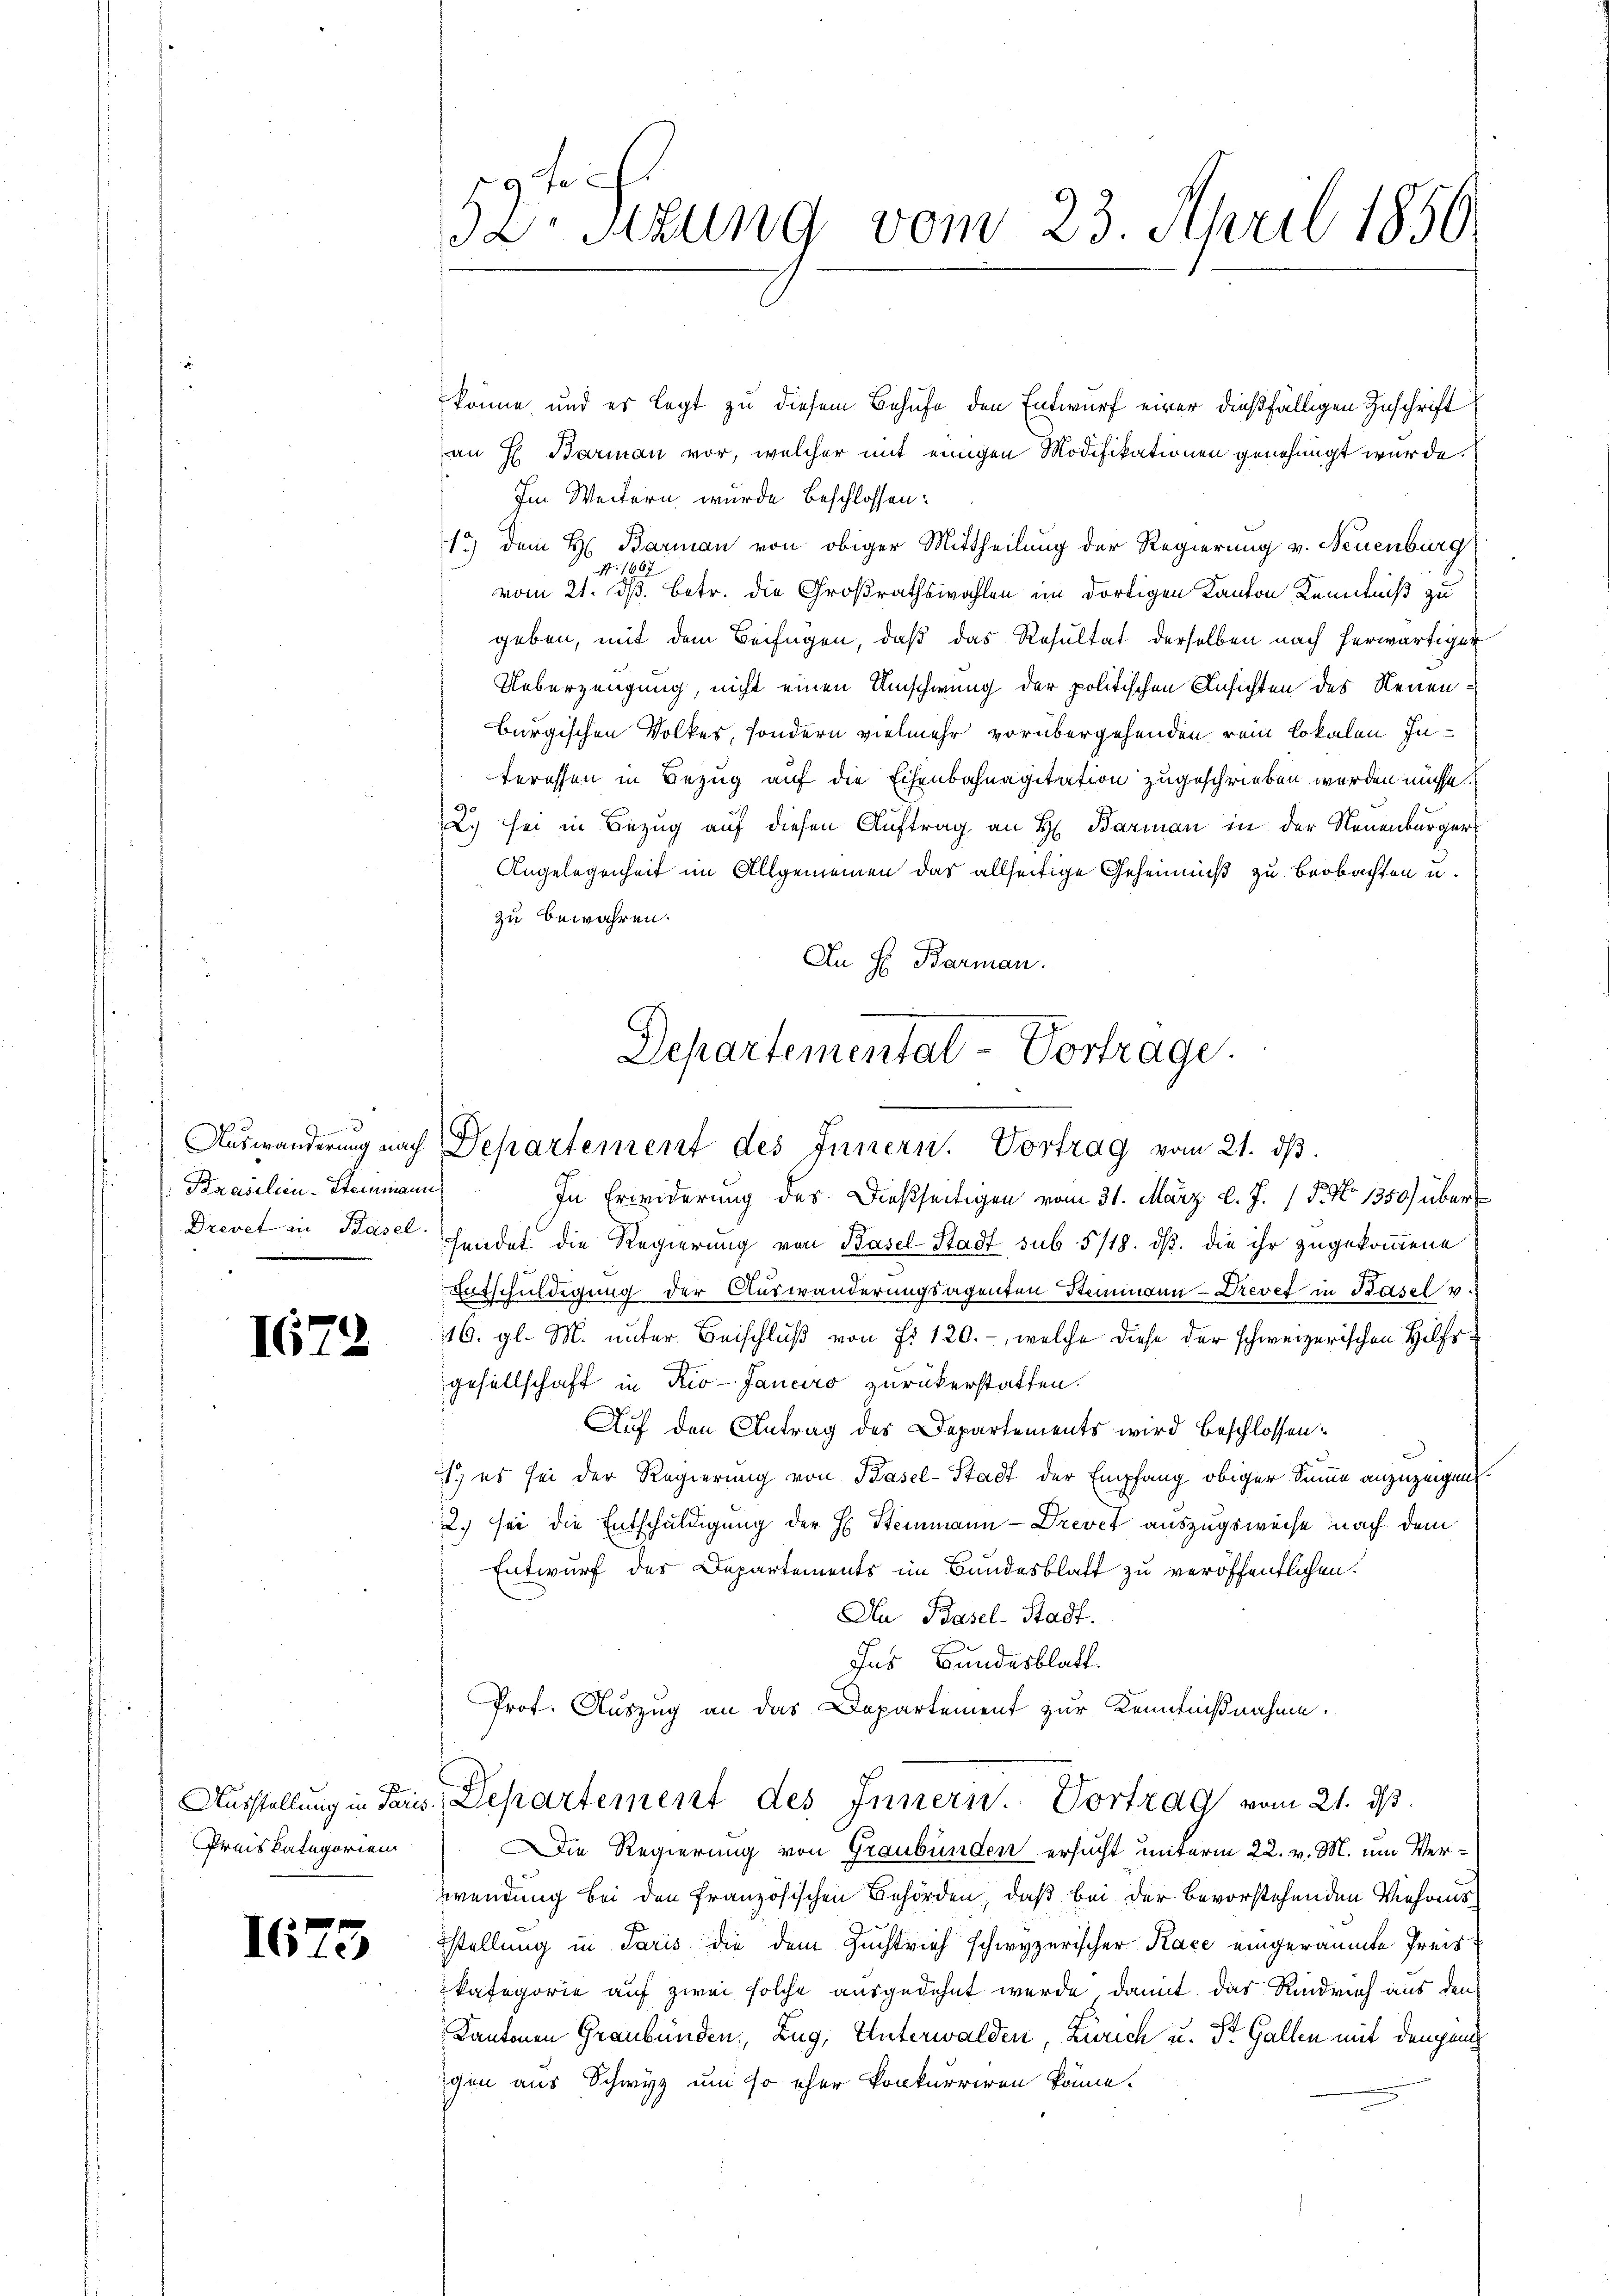
i

Brasilien-Steinmann

1672.

Ausstellung in Paris
Preiskategorien

1675

19 f 24
D. Sitzung vom 23. April 1856

könne, und es legt zu diesem Behufe den Entwurf einer dießfälligen Zuschrift
an H. Barman vor, welcher mit einigen Modifikationen genehmigt wurde.
Im Weitern wurde beschlossen:
13) dem H. Barman von obiger Mittheilung der Regierung v. Neuenburg
67
vom 21. dß. Betr. die Großrathswahlen im dortigen Kanton Kenntniß zu
geben, mit dem Beifügen, daß das Resultat derselben nach herwärtiger
Ueberzeugung, nicht einen Umschwung der politischen Ansichten des Neuenburgischen Volkes, sondern vielmehr vorübergehenden rein Lokalen Interessen in Bezug auf die Eisenbahnagitation zugeschrieben werden müsse.
2.) sei in Bezug auf diesen Auftrag an H. Barman in der Neuenburger
Angelegenheit im Allgemeinen das allseitige Geheimniß zu beobachten u.
zu bewahren.
An H. Barman.
Departemental-Vortrage.

Auswanderung nach Departement des Innern. Vortrag vom 21. dβ.

In Erwiderung des Dießseitigen vom 31. März l. J. 18. No 1350) über
Drevet in Basel sendet die Regierung von Basel-Stadt sub 5/18. dß. die ihr zugekommene
Entschuldigung der Auswanderungsagenten Stemingen - Drevet in Basel v.
16. gl. M. unter Beischluß von Fr. 120., welche diese der schweizerischen Hilfsgesellschaft in Rio-Janeiro zurückerstatten.
Auf den Antrag des Departements wird beschlossen:
71.) es sei der Regierung von Basel-Stadt der Empfang obiger Summe anzuzeigen
2.) sei die Entschuldigung der H. Stemmann-Drevet auszugsweise nach dem
Entwurf des Departements im Bundesblatt zu veröffentlichen.
Aa Basel-Stadt.
Ins Bundesblatt.
Prof. Auszug an das Departement zur Kenntnißnahme.
Departement des Innern. Vortrag vom 21. ds.
ie Regierung von Graubünden ersucht unterm 22. v. M. um Verwendung bei den französischen Behörden, daß bei der bevorstehenden Viehaus
Estellung in Paris die dem Zuchtrich schwyzerischer Race eingeräumte Preiskategorie auf zwei solche ausgedehnt werde, damit das Rindruch aus den
Kantonen Graubünden, Zug, Unterwalden, Zürich u. St. Gallen mit demjenig
gen aus Schwyz um so eher konkurriren könne.